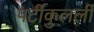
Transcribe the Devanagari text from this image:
पर्टीकुलर्ली